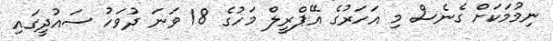
ނިމުމަކަށް ގެނެސް މި އަހަރުގެ އޭޕްރީލް މަހުގެ 18 ވަނަ ދުވަހު ސައުދީގައި